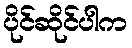
ပိုင်ဆိုင်ပါက